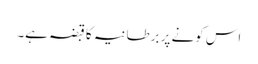
اس کونے پر برطانیہ کا قبضہ ہے۔